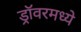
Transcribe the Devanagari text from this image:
ड्रॉवरमध्ये